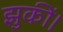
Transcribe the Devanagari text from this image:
झुकीं।